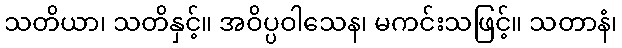
သတိယာ၊ သတိနှင့်။ အဝိပ္ပဝါသေန၊ မကင်းသဖြင့်။ သတာနံ၊